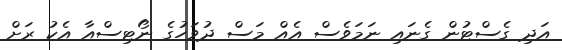
އަދި ގެސްޓުން ގެނައި ނަމަވެސް އެއް މަސް ދުވަހުގެ ނޯޓިސްއާ އެކު ރަށް